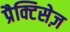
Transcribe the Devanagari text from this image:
प्रैक्टिसेज़